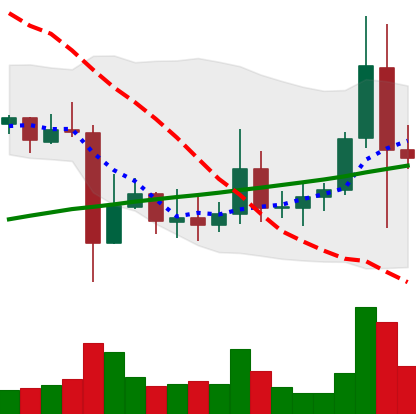
Ticker: ADA-USD
Chart end date: 2021-11-11
Forward return: -9.987%
Label: down_7plus